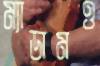
ম্যাডামও